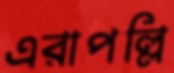
এরাপল্লি